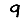
Digit: 9